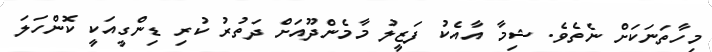
މިހާތަނަކަށް ނެތެވެ. ޝިމާ އާއެކު ފަޒީލު މާމެންދޫއަށް ދަތުރު ކުރި ޑިންގީއަކީ ކޮންހަލަ